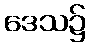
ဒေသ၌